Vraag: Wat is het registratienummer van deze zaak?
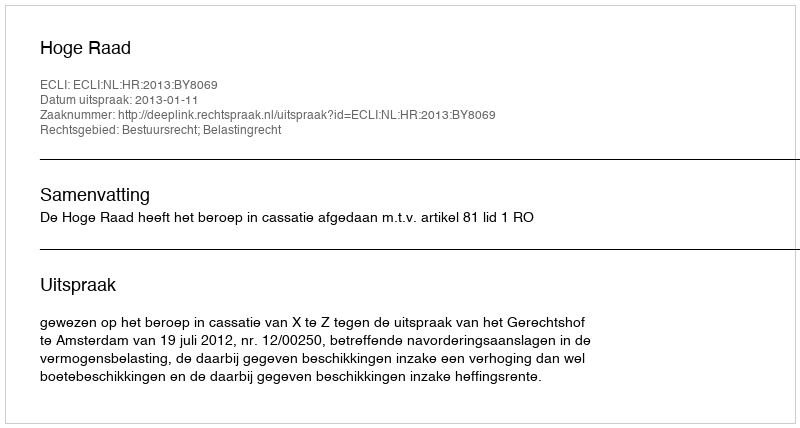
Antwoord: http://deeplink.rechtspraak.nl/uitspraak?id=ECLI:NL:HR:2013:BY8069